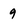
Character: 9